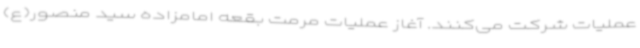
عملیات شرکت می‌کنند. آغاز عملیات مرمت بقعه امامزاده سید منصور(ع)